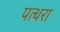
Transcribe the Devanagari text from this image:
पत्थरा